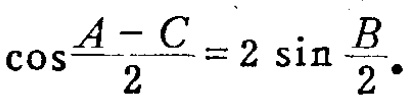
\(\cos\frac{A - C}{2}=2\sin\frac{B}{2}\)